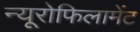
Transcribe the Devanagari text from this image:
न्यूरोफिलामेंट